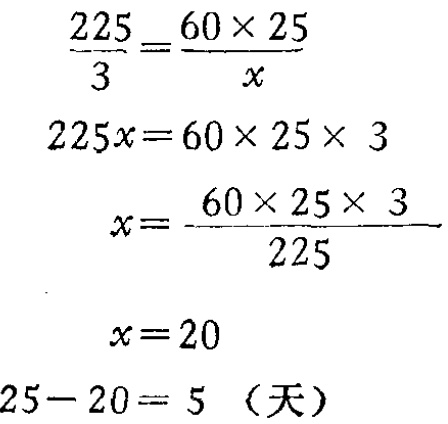
\[\begin{align*}

\frac{225}{3}&=\frac{60\times 25}{x}\\

225x&=60\times 25\times 3\\

x&=\frac{60\times 25\times 3}{225}\\

x&=20\\

25 - 20&= 5 \text{（天）}

\end{align*}\]